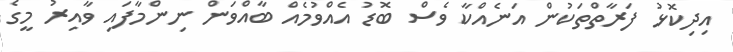
އިދިކޮޅު ފަރާތްތަކުން އަނެއްކާ ވެސް ބޮޑު އެއްވުމެއް ބާއްވަން ނިންމާފައި ވާއިރު މީގެ